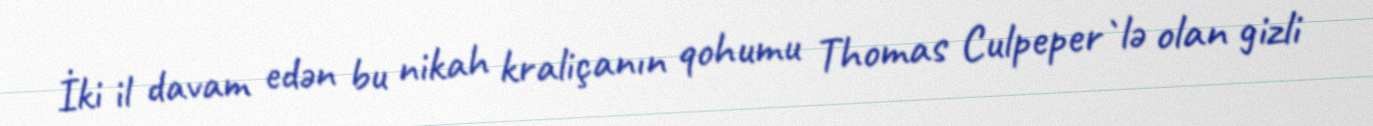
İki il davam edən bu nikah kraliçanın qohumu Thomas Culpeper`lə olan gizli